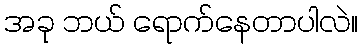
အခု ဘယ် ရောက်နေတာပါလဲ။